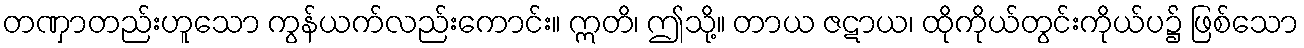
တဏှာတည်းဟူသော ကွန်ယက်လည်းကောင်း။ ဣတိ၊ ဤသို့။ တာယ ဇဋာယ၊ ထိုကိုယ်တွင်းကိုယ်ပ၌ ဖြစ်သော